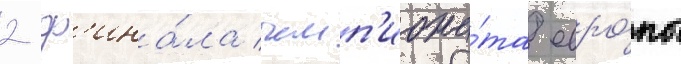
2 ф'ина́ла чемп'иона́та евро́пы